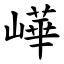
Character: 㠏